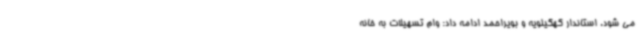
می شود. استاندار کهگیلویه و بویراحمد ادامه داد: وام تسهیلات به خانه